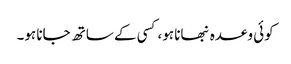
کوئی وعدہ نبھانا ہو،کسی کے ساتھ جانا ہو۔